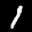
Label: 1